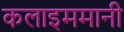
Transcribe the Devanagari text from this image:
कलाइममानी